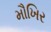
મૌખિર